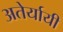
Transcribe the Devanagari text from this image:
अतेर्यायी